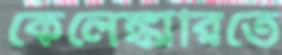
কেলেঙ্কারিতে